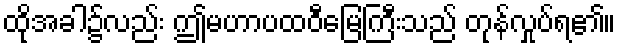
ထိုအခါ၌လည်း ဤမဟာပထဝီမြေကြီးသည် တုန်လှုပ်ရ၏။